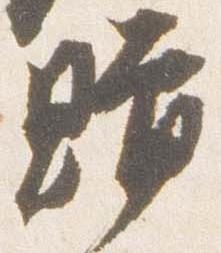
贈